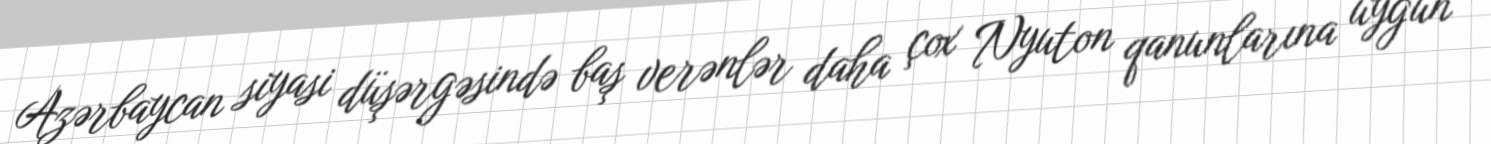
Azərbaycan siyasi düşərgəsində baş verənlər daha çox Nyuton qanunlarına uyğun